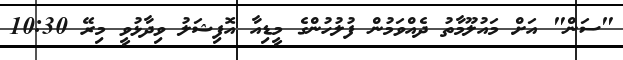
"ސަން" އަށް މައުލޫމާތު ދެއްވަމުން ފުލުހުންގެ މީޑިއާ އޮފިޝަލު ވިދާޅުވީ މިރޭ 10:30